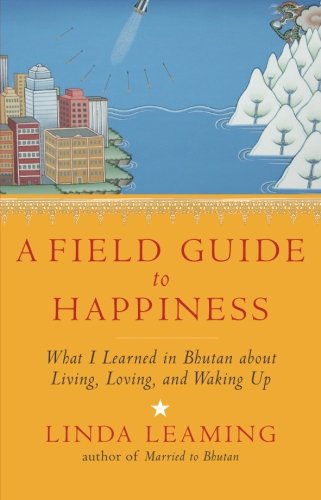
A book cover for A Field Guide to Happiness: What I Learned in Bhutan about Living, Loving, and Waking Up; Linda Leaming; Travel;